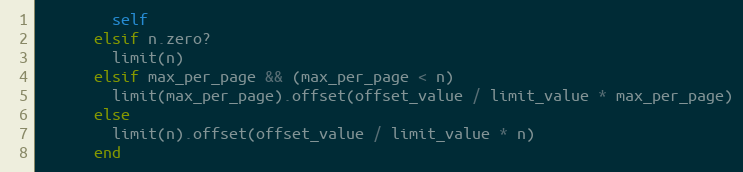
Language: Ruby
        self
      elsif n.zero?
        limit(n)
      elsif max_per_page && (max_per_page < n)
        limit(max_per_page).offset(offset_value / limit_value * max_per_page)
      else
        limit(n).offset(offset_value / limit_value * n)
      end